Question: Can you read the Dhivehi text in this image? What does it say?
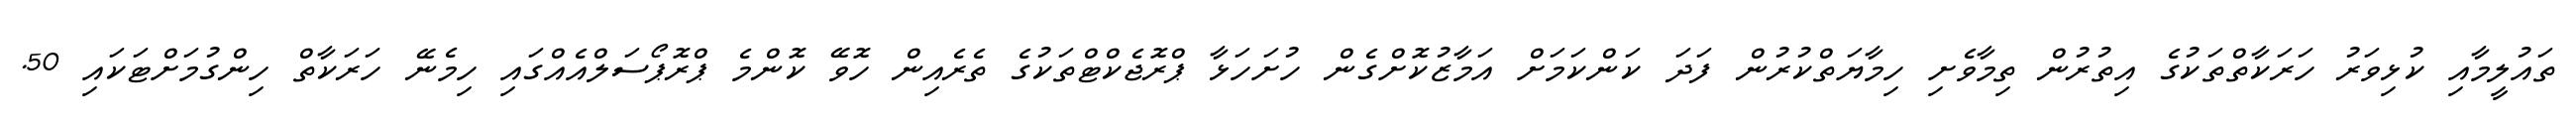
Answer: ތައުލީމާއި ކުޅިވަރު ހަރަކާތްތަކުގެ އިތުރުން ތިމާވެށި ހިމާޔަތްކުރުން ފަދަ ކަންކަމަށް އަމާޒުކޮށްގެން ހުށަހަޅާ ޕްރޮޖެކްޓްތަކުގެ ތެރެއިން ހޮވޭ ކޮންމެ ޕްރޮޕޯސަލްއެއްގައި ހިމެނޭ ހަރަކާތް ހިންގުމަށްޓަކައި 50.